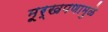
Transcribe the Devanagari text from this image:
मूर्खपणामुळे